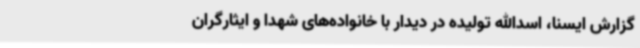
گزارش ایسنا، اسدالله تولیده در دیدار با خانواده‌های شهدا و ایثارگران